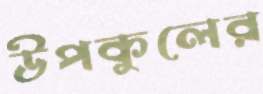
উপকুলের